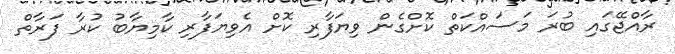
ރާއްޖޭގައި ބުރަ މަސައްކަތް ކޮށްގެން ވިޔަފާރި ކޮށް އެވިޔަފާރި ކާމިޔާބު ކުރާ ފަރާތް